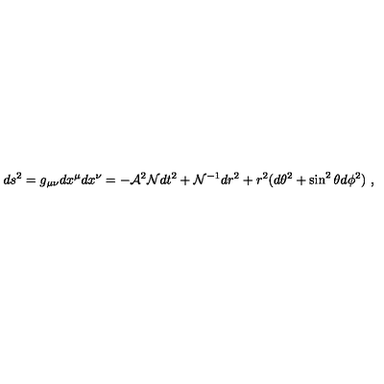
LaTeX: d s ^ { 2 } = g _ { \mu \nu } d x ^ { \mu } d x ^ { \nu } = - { \cal A } ^ { 2 } { \cal N } d t ^ { 2 } + { \cal N } ^ { - 1 } d r ^ { 2 } + r ^ { 2 } ( d \theta ^ { 2 } + \sin ^ { 2 } \theta d \phi ^ { 2 } ) \ ,